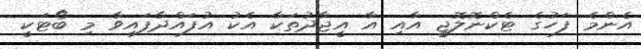
އެންމެ ފަހުގެ ޓެކްނޮލޮޖީ އާއި އާ އީޖާދުތަކާ އެކު އުފައްދާފައިވާ މި ބޯޓަކީ